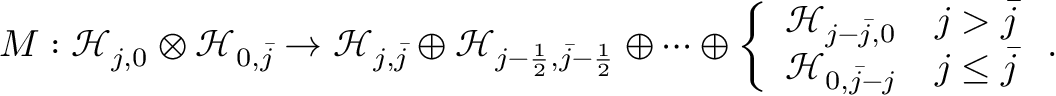
M : \mathcal { H } _ { j , 0 } \otimes \mathcal { H } _ { 0 , \bar { j } } \to \mathcal { H } _ { j , \bar { j } } \oplus \mathcal { H } _ { j - \frac { 1 } { 2 } , \bar { j } - \frac { 1 } { 2 } } \oplus \cdots \oplus \left\{ \begin{array} { l l } { \mathcal { H } _ { j - \bar { j } , 0 } } & { j > \bar { j } } \\ { \mathcal { H } _ { 0 , \bar { j } - j } } & { j \leq \bar { j } } \end{array} \right. .